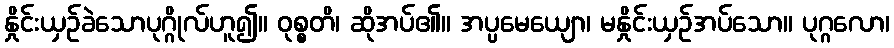
နှိုင်းယှဉ်ခဲသောပုဂ္ဂိုလ်ဟူ၍။ ဝုစ္စတိ၊ ဆိုအပ်၏။ အပ္ပမေယျော၊ မနှိုင်းယှဉ်အပ်သော။ ပုဂ္ဂလော၊